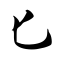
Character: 匕